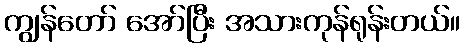
ကျွန်တော် အော်ပြီး အသားကုန်ရုန်းတယ်။